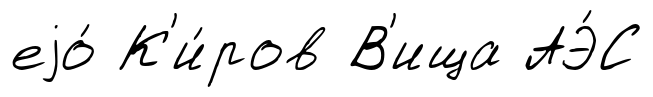
еjо́ К'и́ров В'ища АЭ́С